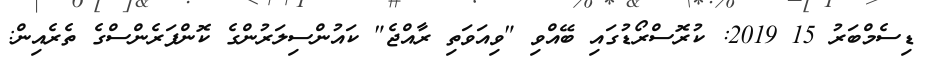
ޑިސެމްބަރު 15 2019: ކުރޮސްރޯޑުގައި ބޭއްވި "ވިއަވަތި ރާއްޖެ" ކައުންސިލަރުންގެ ކޮންފަރެންސްގެ ތެރެއިން: